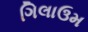
ગિલાઉમ